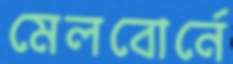
মেলবোর্নে